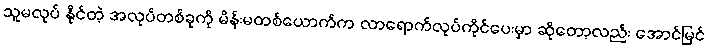
သူမလုပ် နိုင်တဲ့ အလုပ်တစ်ခုကို မိန်းမတစ်ယောက်က လာရောက်လုပ်ကိုင်ပေးမှာ ဆိုတော့လည်း အောင်မြင်